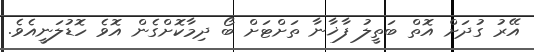
އޭރު ގުދަށް އޮތް ބަތީލު ފާޚާނާ ތަށްޓަށް ބޯ ދިމާކޮށްގެން އޮވެ ހޮޑުލަނީއެވެ.